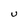
Character: U